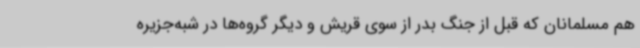
هم مسلمانان که قبل از جنگ بدر از سوی قریش و دیگر گروه‌ها در شبه‌جزیره